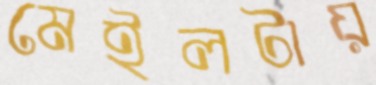
মেইলটায়